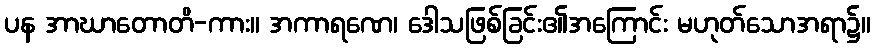
ပန အာဃာတောတိ-ကား။ အကာရဏေ၊ ဒေါသဖြစ်ခြင်း၏အကြောင်း မဟုတ်သောအရာ၌။